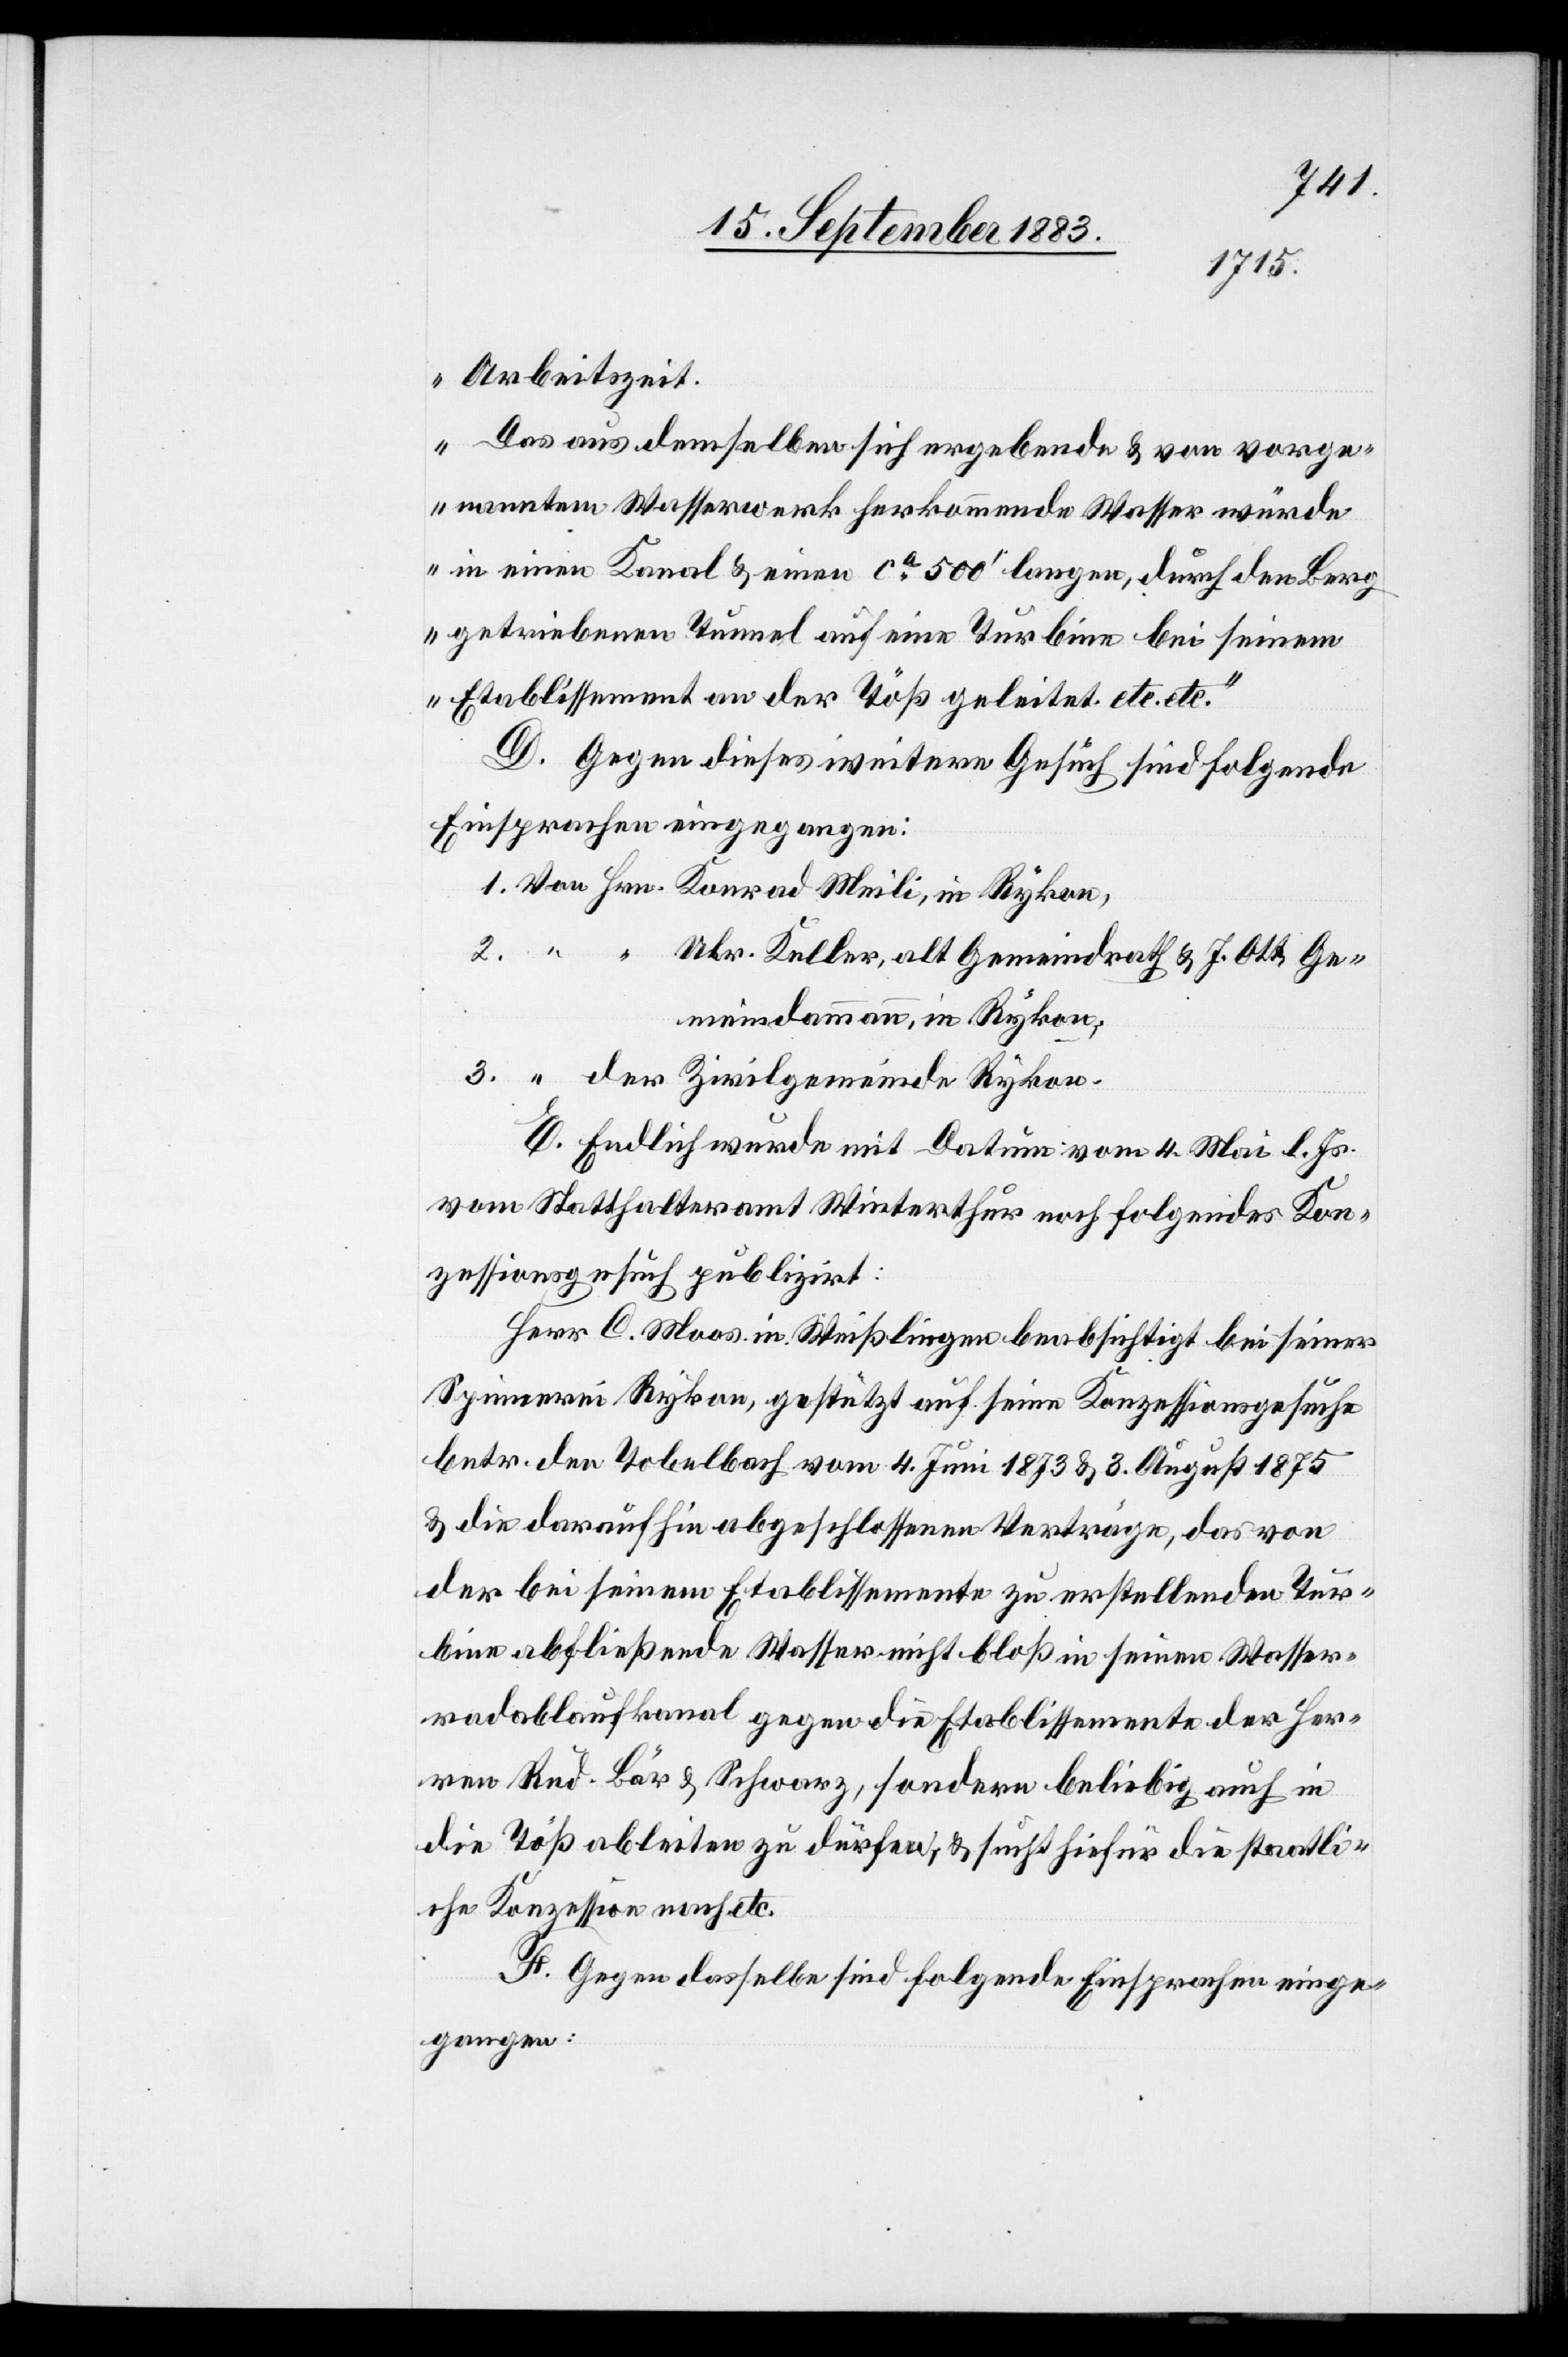
2.
1875
Arbeitszeit.
Das aus demselben sich ergebende & von vorge¬
nanntem Wasserwerk herkommende Wasser würde
in einen Kanal & einen ca 500’ langen, durch den Berg
getriebenen Tunnel auf eine Turbine bei seinem
Etablissement an der Töß geleitet. etc. etc.“
D. Gegen dieses weitere Gesuch sind folgende
Einsprachen eingegangen:
Ulr. Keller, alt Gemeindrath & J. Ott, Ge¬
meindammann, in Rykon,
E. Endlich wurde mit Datum vom 4. Mai l. Js.
vom Statthalteramt Winterthur noch folgendes Kon¬
zessionsgesuch publizirt:
Herr C. Moos in Weißlingen beabsichtigt bei seiner
Spinnerei [in] Rykon, gestützt auf seine Konzessionsgesuche
& die daraufhin abgeschlossenen Verträge, das von
der bei seinem Etablissement zu erstellenden Tur¬
bine abfließende Wasser nicht bloß in seinem Wasser¬
radablaufkanal gegen die Etablissemente der Her¬
ren Rud. Bär & Schwarz, sondern beliebig auch in
die Töß ableiten zu dürfen, & sucht hiefür die staatli¬
che Konzession nach etc.
F. Gegen dasselbe sind folgende Einsprachen einge¬
gangen: